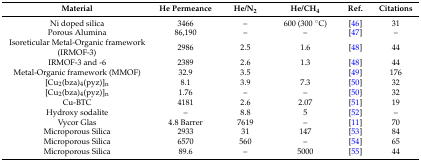
<table><thead><tr><td><b>Material</b></td><td><b>He Permeance</b></td><td><b>He/N<sub>2</sub></b></td><td><b>He/CH<sub>4</sub></b></td><td><b>Ref.</b></td><td><b>Citations</b></td></tr></thead><tbody><tr><td>Ni doped silica</td><td>3466</td><td>–</td><td>600 (300 °C)</td><td>[46]</td><td>31</td></tr><tr><td>Porous Alumina</td><td>86,190</td><td>–</td><td>–</td><td>[47]</td><td>–</td></tr><tr><td>Isoreticular Metal-Organic framework (IRMOF-3)</td><td>2986</td><td>2.5</td><td>1.6</td><td>[48]</td><td>44</td></tr><tr><td>IRMOF-3 and -6</td><td>2389</td><td>2.6</td><td>1.3</td><td>[48]</td><td>44</td></tr><tr><td>Metal-Organic framework (MMOF)</td><td>32.9</td><td>3.5</td><td></td><td>[49]</td><td>176</td></tr><tr><td>[Cu<sub>2</sub>(bza)<sub>4</sub>(pyz)]<sub>n</sub></td><td>8.1</td><td>3.9</td><td>7.3</td><td>[50]</td><td>32</td></tr><tr><td>[Cu<sub>2</sub>(bza)<sub>4</sub>(pyz)]<sub>n</sub></td><td>1.76</td><td>–</td><td>–</td><td>[50]</td><td>32</td></tr><tr><td>Cu-BTC</td><td>4181</td><td>2.6</td><td>2.07</td><td>[51]</td><td>19</td></tr><tr><td>Hydroxy sodalite</td><td>–</td><td>8.8</td><td>5</td><td>[52]</td><td>–</td></tr><tr><td>Vycor Glas</td><td>4.8 Barrer</td><td>7619</td><td>–</td><td>[11]</td><td>70</td></tr><tr><td>Microporous Silica</td><td>2933</td><td>31</td><td>147</td><td>[53]</td><td>84</td></tr><tr><td>Microporous Silica</td><td>6570</td><td>560</td><td>–</td><td>[54]</td><td>65</td></tr><tr><td>Microporous Silica</td><td>89.6</td><td>–</td><td>5000</td><td>[55]</td><td>44</td></tr></tbody></table>